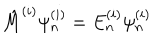
LaTeX: { \hat { M } } ^ { ( i ) } \psi _ { n } ^ { ( i ) } = E _ { n } ^ { ( i ) } \psi _ { n } ^ { ( i ) }